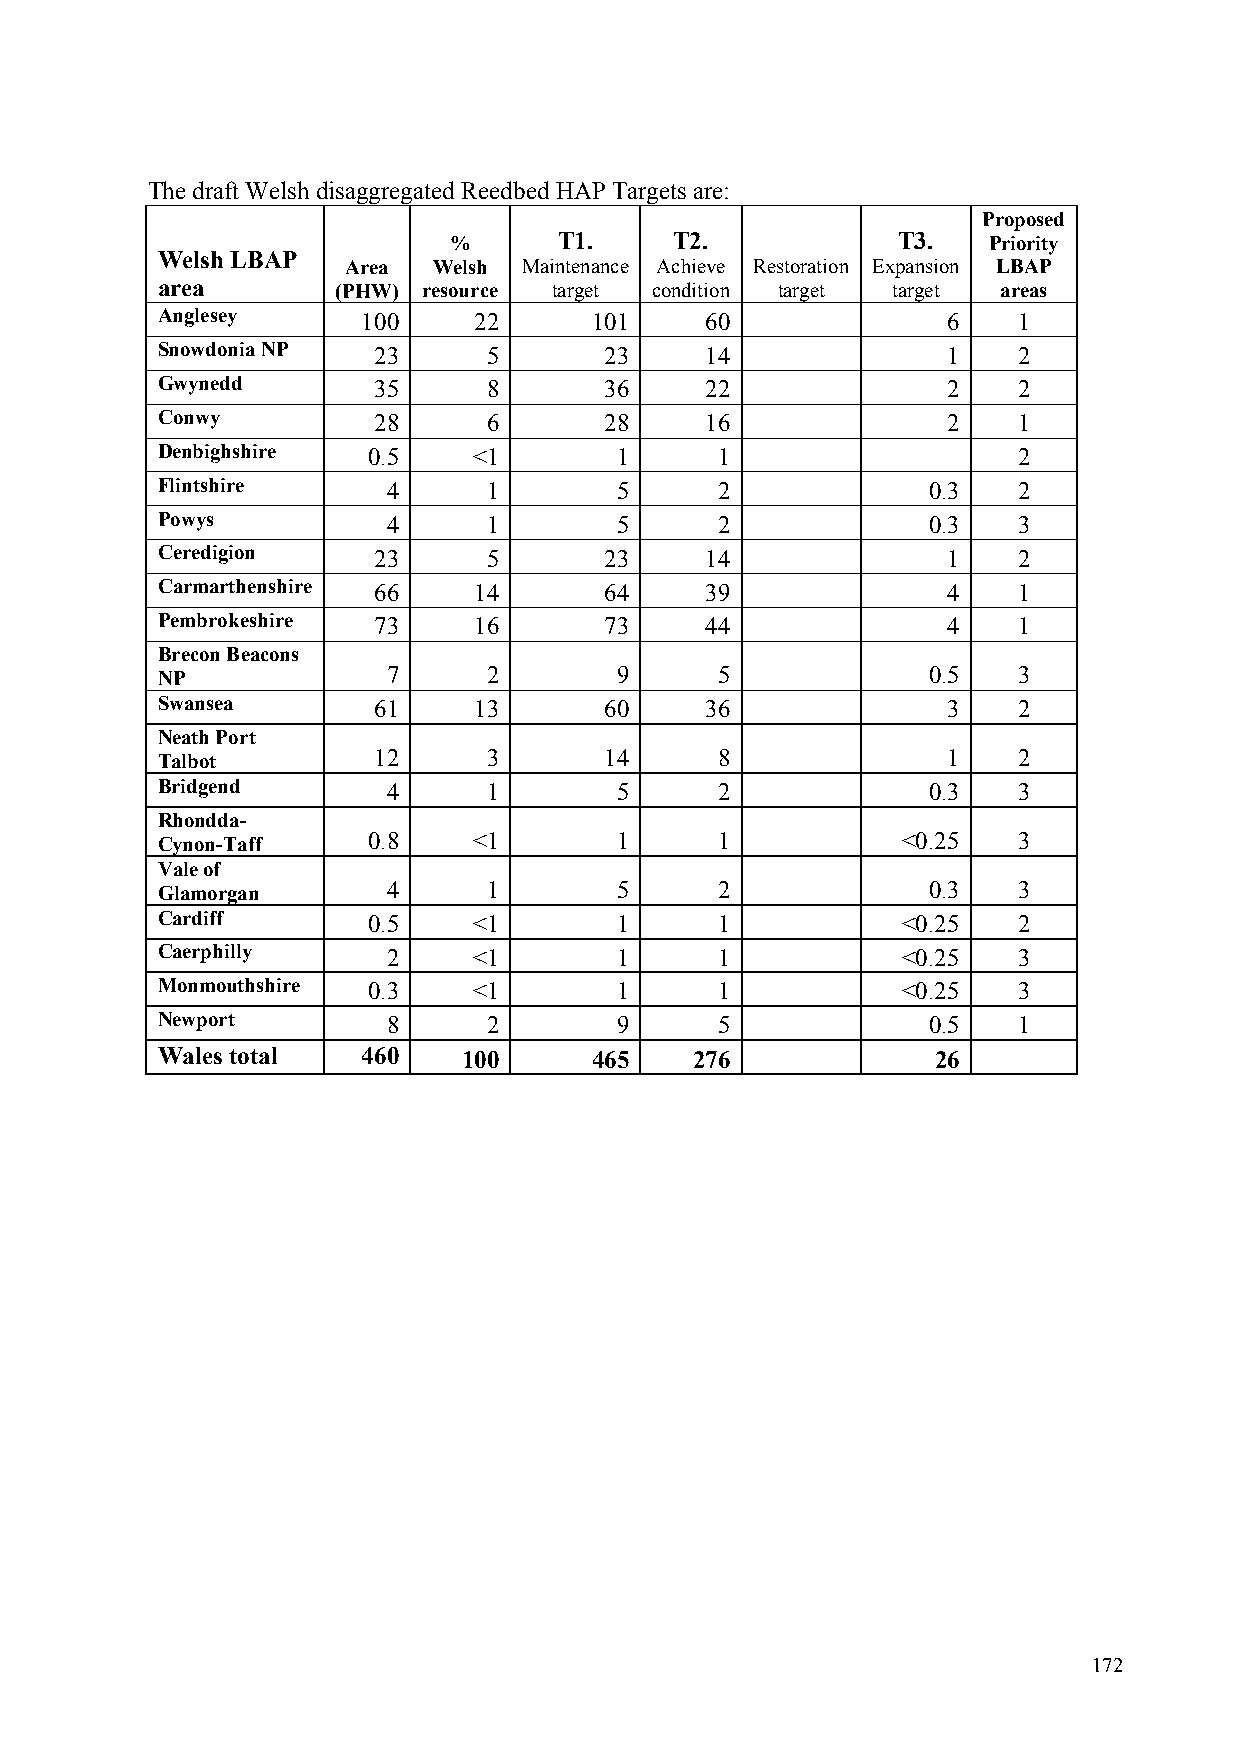
The draft Welsh disaggregated ReedbedHAP Targetsare:
 Proposed
 %      T1.     T2.           T3.   Priority
 Welsh LBAP
 Area  Welsh Maintenance Achieve Restoration Expansion LBAP
 area        (PHW) resource target condition target target areas
 Anglesey      100    22      101     60              6   1
 Snowdonia NP   23     5       23     14              1   2
 Gwynedd        35     8       36     22              2   2
 Conwy          28     6       28     16              2   1
 Denbighshire  0.5    <1        1      1                  2
 Flintshire      4     1        5      2            0.3   2
 Powys           4     1        5      2            0.3   3
 Ceredigion     23     5       23     14              1   2
 Carmarthenshire 66   14       64     39              4   1
 Pembrokeshire  73    16       73     44              4   1
 Brecon Beacons
 NP              7     2        9      5            0.5   3
 Swansea        61    13       60     36              3   2
 Neath Port
 Talbot         12     3       14      8              1   2
 Bridgend        4     1        5      2            0.3   3
 Rhondda-
 Cynon-Taff    0.8    <1        1      1           <0.25  3
 Vale of
 Glamorgan       4     1        5      2            0.3   3
 Cardiff       0.5    <1        1      1           <0.25  2
 Caerphilly      2    <1        1      1           <0.25  3
 Monmouthshire 0.3    <1        1      1           <0.25  3
 Newport         8     2        9      5            0.5   1
 Wales total   460    100     465    276             26
 172